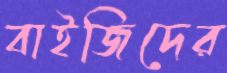
বাইজিদের